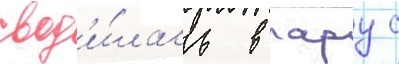
свод'и́лась в пару с